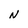
Character: N